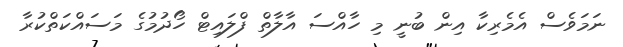
ނަމަވެސް އެމެރިކާ އިން ބުނީ މި ހާއްސަ އާލާތް ފްލައިޓް ހޯދުމުގެ މަސައްކަތްކުރާ